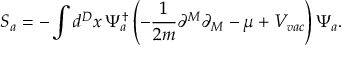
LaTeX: S _ { a } = - \int d ^ { D } x \, \Psi _ { a } ^ { \dagger } \left( - \frac { 1 } { 2 m } \partial ^ { M } \partial _ { M } - \mu + V _ { v a c } \right) \Psi _ { a } .